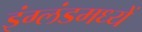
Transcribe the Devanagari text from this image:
इंग्लंडमध्यें